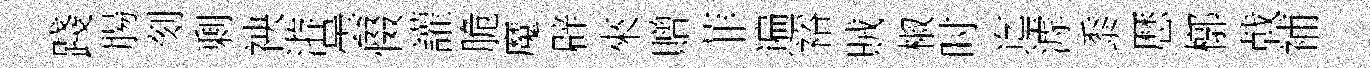
踐腸刻剰䘧㳺曇惙讙脆魔辟來贈菲遍裕賊椒时迄滹黍厯槨戟補